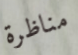
مناظرة